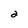
Character: 2